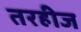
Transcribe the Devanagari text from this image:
तरहीज